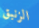
الزنبق